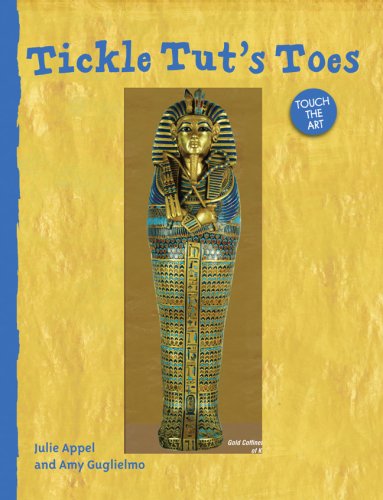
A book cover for Touch the Art: Tickle Tut's Toes; Julie Appel; Children's Books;